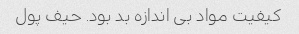
کیفیت مواد بی اندازه بد بود. حیف پول